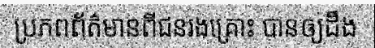
ប្រភពព័ត៌មានពីជនរងគ្រោះ បានឲ្យដឹង